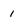
Character: 1